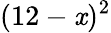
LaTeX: (12-\mathit{x})^{2}